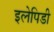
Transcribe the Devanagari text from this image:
इलेपिडी